Annual administration report of the Bombay Presidency - 1887-1892
Year: 1887
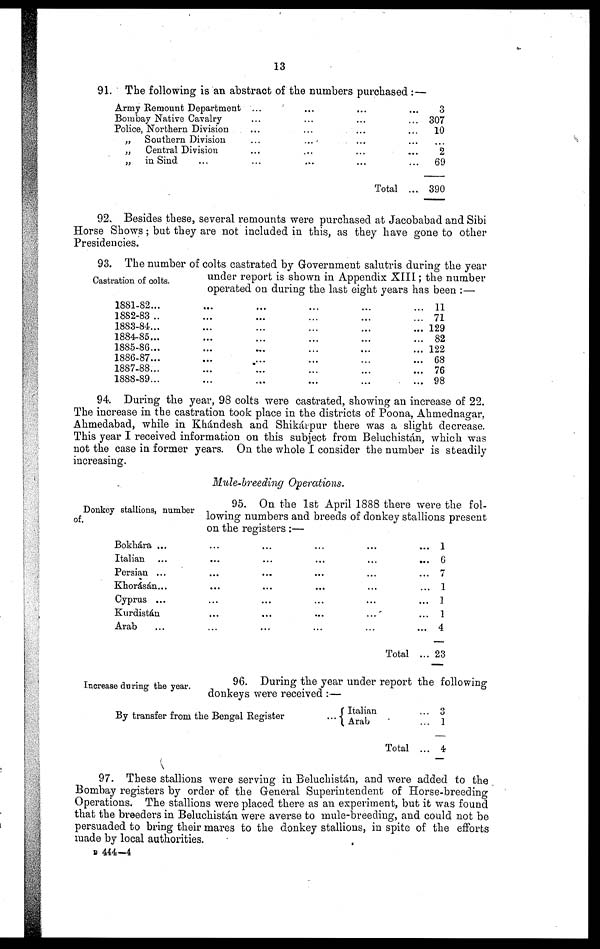
13
91. The following is an abstract of the numbers purchased :—
Army Remount Department
Bombay Native Cavalry
Police, Northern Division
„ Southern Division
„
Central Division
„ in Sind ...
...
...
...
...
...
...
...
...
...
...
...
...
...
...
...
...
...
...
Total
...
...
...
...
...
...
3
307
10
...
2
69
390
92. Besides these, several remounts were purchased at Jacobabad and Sibi
Horse Shows; but they are not included in this, as they have gone to other
Presidencies.
Castration of colts.
93. The number of colts castrated by Government salutris during the year
under report is shown in Appendix XIII; the number
operated on during the last eight years has been :—
1881-82...
1882-83 ..
1883-84...
1884-85...
1885-86...
1886-87...
1887-88...
1888-89...
...
...
...
...
...
...
...
...
...
...
...
...
...
...
...
...
...
...
...
...
...
...
...
...
...
...
...
...
...
...
...
...
...
...
...
...
...
...
...
...
11
71
129
82
122
68
76
98
94. During the year, 98 colts were castrated, showing an increase of 22.
The increase in the castration took place in the districts of Poona, Ahmednagar,
Ahmedabad, while in Khándesh and Shikárpur there was a slight decrease.
This year I received information on this subject from Beluchistán, which was
not the case in former years. On the whole I consider the number is steadily
increasing.
Mule-breeding Operations.
Donkey stallions, number
of.
95. On the 1st April 1888 there were the fol-
lowing numbers and breeds of donkey stallions present
on the registers :—
Bokhára ...
Italian ...
Persian ...
Khorásán...
Cyprus ...
Kurdistan
Arab ...
...
...
...
...
...
...
...
...
...
...
...
...
...
...
...
...
...
...
...
...
...
...
...
...
...
...
...
...
Total
...
...
...
...
...
...
...
...
1
6
7
1
1
1
4
23
Increase during the year.
96. During the year under report the following
donkeys were received :—
By transfer from the Bengal Register ...
Italian
Arab
Total
...
...
...
3
1
4
97. These stallions were serving in Beluchistán, and were added to the
Bombay registers by order of the General Superintendent of Horse-breeding
Operations. The stallions were placed there as an experiment, but it was found
that the breeders in Beluchistán were averse to mule-breeding, and could not be
persuaded to bring their mares to the donkey stallions, in spite of the efforts
made by local authorities.
B 444—4